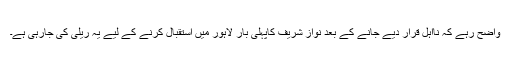
واضح رہے کہ نااہل قرار دیے جانے کے بعد نواز شریف کاپہلی بار لاہور میں استقبال کرنے کے لیے یہ ریلی کی جارہی ہے۔